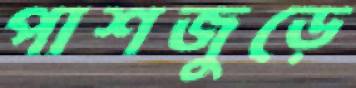
পাশজুড়ে